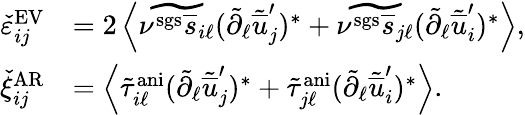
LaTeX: \begin{array}{rl}{\check{\varepsilon}_{ij}^{\mathrm{EV}}}&{=2\left<\widetilde{\nu^{\mathrm{sgs}}\overline{{s}}_{i\ell}}(\tilde{\partial}_{\ell}\tilde{\overline{{u}}}_{j}^{\prime})^{*}+\widetilde{\nu^{\mathrm{sgs}}\overline{{s}}_{j\ell}}(\tilde{\partial}_{\ell}\tilde{\overline{{u}}}_{i}^{\prime})^{*}\right>,}\\ {\check{\xi}_{ij}^{\mathrm{AR}}}&{=\left<\tilde{\tau}_{i\ell}^{\mathrm{ani}}(\tilde{\partial}_{\ell}\tilde{\overline{{u}}}_{j}^{\prime})^{*}+\tilde{\tau}_{j\ell}^{\mathrm{ani}}(\tilde{\partial}_{\ell}\tilde{\overline{{u}}}_{i}^{\prime})^{*}\right>.}\end{array}